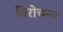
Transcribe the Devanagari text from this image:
विरोचना